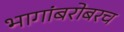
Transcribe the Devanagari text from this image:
भागांबरोबरच